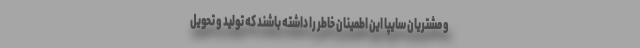
و مشتریان سایپا این اطمینان خاطر را داشته باشند که تولید و تحویل